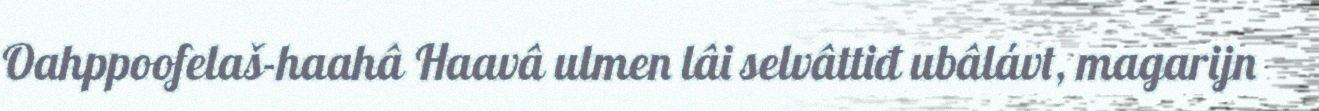
Oahppoofelaš-haahâ Haavâ ulmen lâi selvâttiđ ubâlávt, magarijn